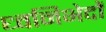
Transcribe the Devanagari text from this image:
ध्वनिभेदों